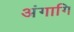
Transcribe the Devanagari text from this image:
अंगागि